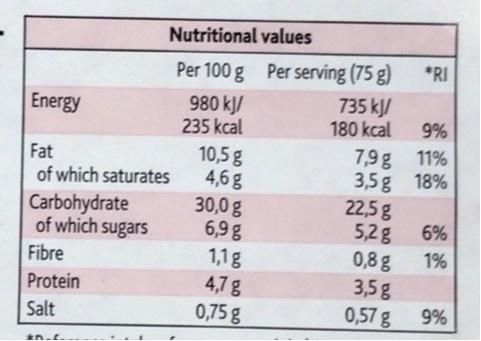
Nutritional values
Per 100 g Per serving (75 g) 735 k/ 180 kcal
*RI
980 kJ/ 235 kcal
Energy
9%
7,9g 11% 3,5g 18% 22,5 g 6%
10,5 g 4,6g 30,0 g 6,9g 1,1g 4,7g 0,75g
Fat
of which saturates
Carbohydrate of which sugars
5,2g 0,8 g 3,5g 0,57g
1%
Fibre
Protein
Salt
9%